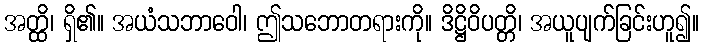
အတ္ထိ၊ ရှိ၏။ အယံသဘာဝေါ၊ ဤသဘောတရားကို။ ဒိဋ္ဌိဝိပတ္တိ၊ အယူပျက်ခြင်းဟူ၍။